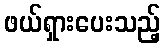
ဖယ်ရှားပေးသည့်